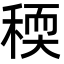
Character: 稬